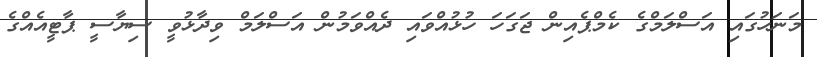
މަނަހުގައި އަސްލަމްގެ ކެމްޕެއިން ޖަގަހަ ހުޅުއްވައި ދެއްވަމުން އަސްލަމް ވިދާޅުވީ ސިޔާސީ ޕާޓީއެއްގެ